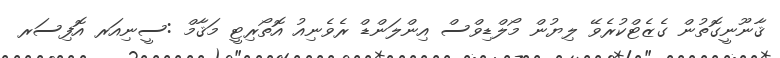
ޤާނޫނީގޮތުން ގެޒެޓްކުރެވޭ ލިޔުން މޯލްޑިވްސް އިންލަންޑް ރެވެނިއު އޮތޯރިޓީ މަޤާމް :ސީނިއަރ އޮފިސަރ